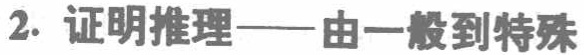
2. 证明推理——由一般到特殊